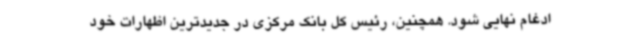
ادغام نهایی شود. همچنین، رئیس کل بانک مرکزی در جدیدترین اظهارات خود